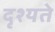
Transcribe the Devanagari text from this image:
दृश्यते